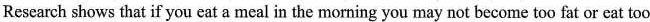
Research shows that if you eat a meal in the morning you may not become too fat or eat too